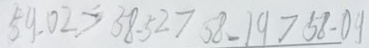
5 9 . 0 2 > 3 8 . 5 2 > 5 8 . 1 9 > 5 8 . 0 9